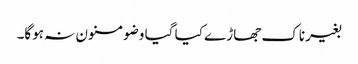
بغیر ناک جھاڑے کیا گیا وضو مسنون نہ ہوگا۔